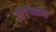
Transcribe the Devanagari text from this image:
इंटरैक्शन्स